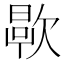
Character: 𬅯